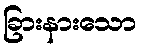
ခြားနားသော